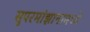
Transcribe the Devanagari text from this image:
सुपरमांझानामध्ये